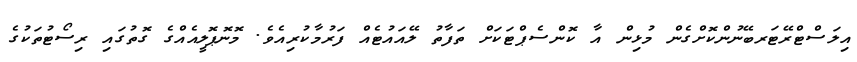
އިލަސްޓްރޭޓަރބޭނުންކޮށްގެން މުޅިން އާ ކޮންސެޕްޓަކަށް ތަފާތު ލޭއައުޓެއް ފަރުމާކުރިއެވެެ. މޮނޮޕޮލީއެއްގެ ގޮތުގައި ރިސޯޓުތަކުގެ